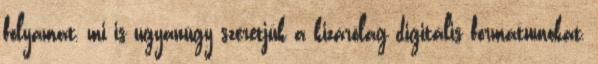
folyamat, mi is ugyanúgy szeretjük a kizárólag digitális formátumokat,